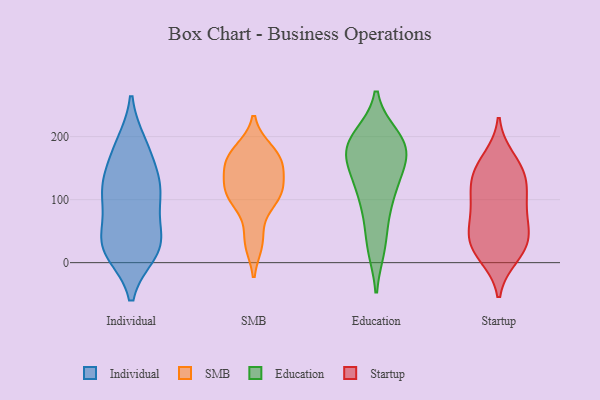
{"axis": {"x": "Headcount", "y": "Value"}, "legend": ["Education", "Individual", "SMB", "Startup"], "data": [{"x": "", "y": 26, "type": "Individual"}, {"x": "", "y": 97, "type": "Individual"}, {"x": "", "y": 185, "type": "Individual"}, {"x": "", "y": 187, "type": "Individual"}, {"x": "", "y": 159, "type": "Individual"}, {"x": "", "y": 38, "type": "Individual"}, {"x": "", "y": 17, "type": "Individual"}, {"x": "", "y": 17, "type": "Individual"}, {"x": "", "y": 111, "type": "Individual"}, {"x": "", "y": 120, "type": "Individual"}, {"x": "", "y": 29, "type": "Individual"}, {"x": "", "y": 124, "type": "Individual"}, {"x": "", "y": 46, "type": "Individual"}, {"x": "", "y": 110, "type": "Individual"}, {"x": "", "y": 161, "type": "SMB"}, {"x": "", "y": 161, "type": "SMB"}, {"x": "", "y": 156, "type": "SMB"}, {"x": "", "y": 32, "type": "SMB"}, {"x": "", "y": 119, "type": "SMB"}, {"x": "", "y": 93, "type": "SMB"}, {"x": "", "y": 152, "type": "SMB"}, {"x": "", "y": 120, "type": "SMB"}, {"x": "", "y": 114, "type": "SMB"}, {"x": "", "y": 106, "type": "SMB"}, {"x": "", "y": 177, "type": "SMB"}, {"x": "", "y": 102, "type": "SMB"}, {"x": "", "y": 35, "type": "SMB"}, {"x": "", "y": 178, "type": "SMB"}, {"x": "", "y": 140, "type": "Education"}, {"x": "", "y": 103, "type": "Education"}, {"x": "", "y": 104, "type": "Education"}, {"x": "", "y": 169, "type": "Education"}, {"x": "", "y": 74, "type": "Education"}, {"x": "", "y": 199, "type": "Education"}, {"x": "", "y": 184, "type": "Education"}, {"x": "", "y": 183, "type": "Education"}, {"x": "", "y": 132, "type": "Education"}, {"x": "", "y": 152, "type": "Education"}, {"x": "", "y": 187, "type": "Education"}, {"x": "", "y": 27, "type": "Education"}, {"x": "", "y": 25, "type": "Education"}, {"x": "", "y": 190, "type": "Education"}, {"x": "", "y": 190, "type": "Education"}, {"x": "", "y": 150, "type": "Startup"}, {"x": "", "y": 48, "type": "Startup"}, {"x": "", "y": 110, "type": "Startup"}, {"x": "", "y": 111, "type": "Startup"}, {"x": "", "y": 85, "type": "Startup"}, {"x": "", "y": 17, "type": "Startup"}, {"x": "", "y": 11, "type": "Startup"}, {"x": "", "y": 80, "type": "Startup"}, {"x": "", "y": 51, "type": "Startup"}, {"x": "", "y": 139, "type": "Startup"}, {"x": "", "y": 27, "type": "Startup"}, {"x": "", "y": 36, "type": "Startup"}, {"x": "", "y": 137, "type": "Startup"}, {"x": "", "y": 164, "type": "Startup"}]}